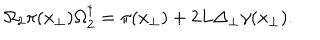
LaTeX: \Omega _ { 2 } \pi ( x _ { \perp } ) \Omega _ { 2 } ^ { \dagger } = \pi ( x _ { \perp } ) + { 2 L } \Delta _ { \perp } \gamma ( x _ { \perp } ) .